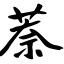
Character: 萘